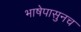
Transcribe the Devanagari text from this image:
भाषेपासुनच